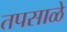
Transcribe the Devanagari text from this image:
तपसाळे